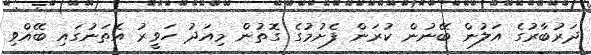
ދަރުބާރުގެ އަލުން ބޭނުން ކުރަން ފެށުމުގެ ގޮތުން މިއަދު ހަވީރު އެތަނުގައި ބޭއްވި